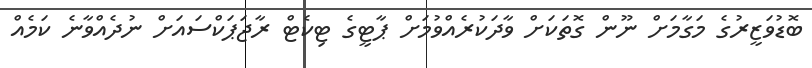
ބޮޑުވަޒީރުގެ މަގާމަށް ނޫން ގޮތަކަށް ވާދަކުރެއްވުމަށް ޕާޓީގެ ޓިކެޓް ރާޖަޕަކްސައަށް ނުދެއްވާނެ ކަމެއް